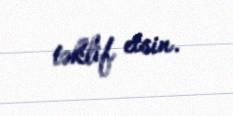
təklif etsin.